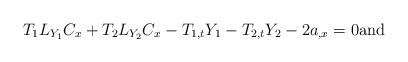
LaTeX: \begin{align*}T_{1}L_{Y_{1}}C_{x}+T_{2}L_{Y_{2}}C_{x}-T_{1,t}Y_{1}-T_{2,t}Y_{2}-2a_{,x}=0\mbox{\rm and} \end{align*}